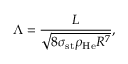
\Lambda = \frac { L } { \sqrt { 8 \sigma _ { \mathrm { s t } } \rho _ { \mathrm { H e } } R ^ { 7 } } } ,